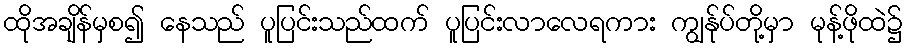
ထိုအချိန်မှစ၍ နေသည် ပူပြင်းသည်ထက် ပူပြင်းလာလေရကား ကျွန်ုပ်တို့မှာ မုန့်ဖိုထဲ၌